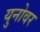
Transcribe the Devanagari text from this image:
युनोवर